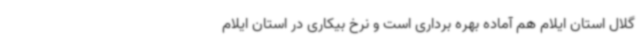
گلال استان ایلام هم آماده بهره برداری است و نرخ بیکاری در استان ایلام